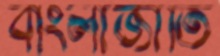
বাংলাজাতি